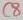
Text: C8